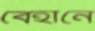
বেহানে